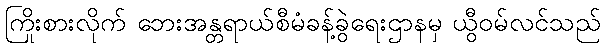
ကြိုးစားလိုက် ဘေးအန္တရာယ်စီမံခန့်ခွဲရေးဌာနမှ ယွီဝမ်လင်သည်